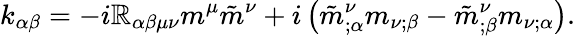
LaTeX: k_{\alpha\beta}=-i\mathbb{R}_{\alpha\beta\mu\nu}m^{\mu}\tilde{{m}}^{\nu}+i\left(\tilde{{m}}_{;\alpha}^{\nu}m_{\nu;\beta}-\tilde{{m}}_{;\beta}^{\nu}m_{\nu;\alpha}\right).